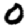
Digit: 0